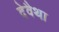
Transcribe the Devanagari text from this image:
देवैथा